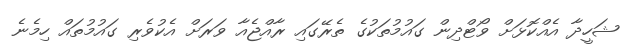
ޝަހީދާ އެއްކޮޅަށް ވޯޓްދިން ގައުމުތަކުގެ ތެރޭގައި ރާއްޖެއާ ވަރަށް އެކުވެރި ގައުމުތައް ހިމެނެ